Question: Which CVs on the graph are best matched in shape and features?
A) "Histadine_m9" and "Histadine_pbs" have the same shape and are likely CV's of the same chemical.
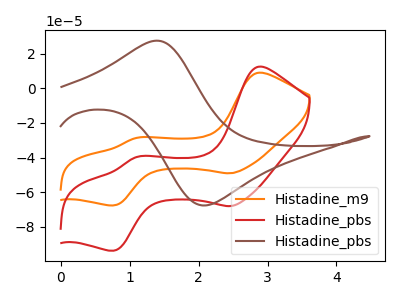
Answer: <think>The orange curve "Histadine_m9" has anodic peaks at (2.85V, 9.00uA) (1.10V, -28.65uA) and cathodic peaks at (2.45V, -49.00uA) (0.75V, -67.55uA). The red curve "Histadine_pbs" has anodic peaks at (2.85V, 12.45uA) (1.10V, -39.70uA) and cathodic peaks at (2.45V, -67.95uA) (0.75V, -93.65uA). The brown curve "Histadine_pbs" has an anodic peak at (1.40V, 27.45uA) and a cathodic peak at (2.10V, -67.50uA).
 All the peaks in "Histadine_m9" have a peak in "Histadine_pbs" at the same potential. "Histadine_m9" and "Histadine_pbs" have a different number of peaks. "Histadine_pbs" and "Histadine_pbs" have a different number of peaks.</think>
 <answer>A) "Histadine_m9" and "Histadine_pbs" have the same shape and are likely CV's of the same chemical.</answer>
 <eval>A</eval>